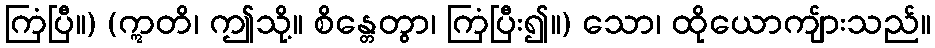
ကြံပြီ။) (ဣတိ၊ ဤသို့။ စိန္တေတွာ၊ ကြံပြီး၍။) သော၊ ထိုယောကျ်ားသည်။